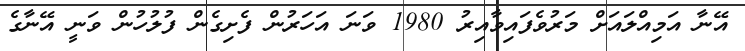
އޭނާ އަމިއްލައަށް މަރުވެފައިވާއިރު 1980 ވަނަ އަހަރުން ފެށިގެން ފުލުހުން ވަނީ އޭނާގެ